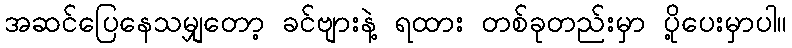
အဆင်ပြေနေသမျှတော့ ခင်ဗျားနဲ့ ရထား တစ်ခုတည်းမှာ ပို့ပေးမှာပါ။